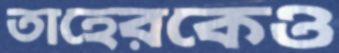
তাহেরকেও